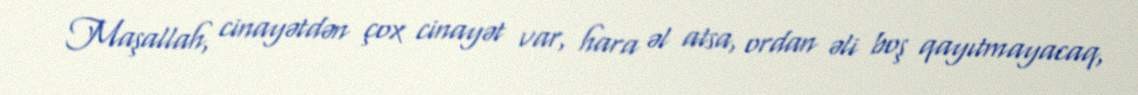
Maşallah, cinayətdən çox cinayət var, hara əl atsa, ordan əli boş qayıtmayacaq,